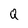
Character: Q